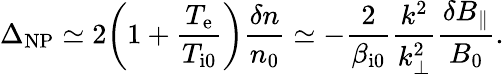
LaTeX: \Delta_{\mathrm{NP}}\simeq 2\biggl(1+\frac{T_{\mathrm{e}}}{T_{\mathrm{i0}}}\biggr)\frac{\delta n}{n_{0}}\simeq-\frac{2}{\beta_{\mathrm{i0}}}\frac{k^{2}}{k_{\perp}^{2}}\frac{\delta B_{\parallel}}{B_{0}}.